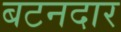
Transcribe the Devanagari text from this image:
बटनदार